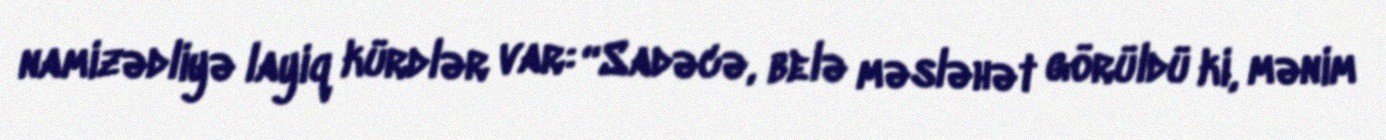
namizədliyə layiq kürdlər var: “Sadəcə, belə məsləhət görüldü ki, mənim